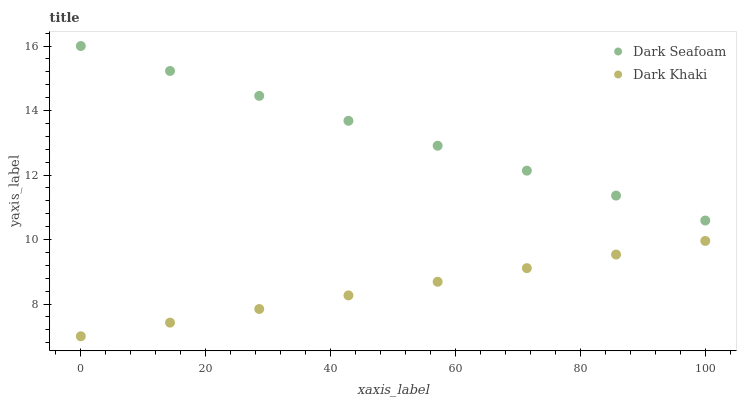
| xaxis_label | Dark Seafoam | Dark Khaki |
 | --- | --- | --- |
 | 0 | 16 | 7 |
 | 14.3 | 15.2 | 7.42 |
 | 28.6 | 14.5 | 7.84 |
 | 42.9 | 13.7 | 8.27 |
 | 57.1 | 12.9 | 8.69 |
 | 71.4 | 12.1 | 9.11 |
 | 85.7 | 11.4 | 9.53 |
 | 100 | 10.6 | 9.96 |